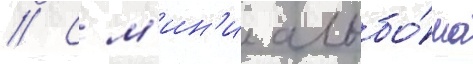
// С м'ин'и альбо́ма